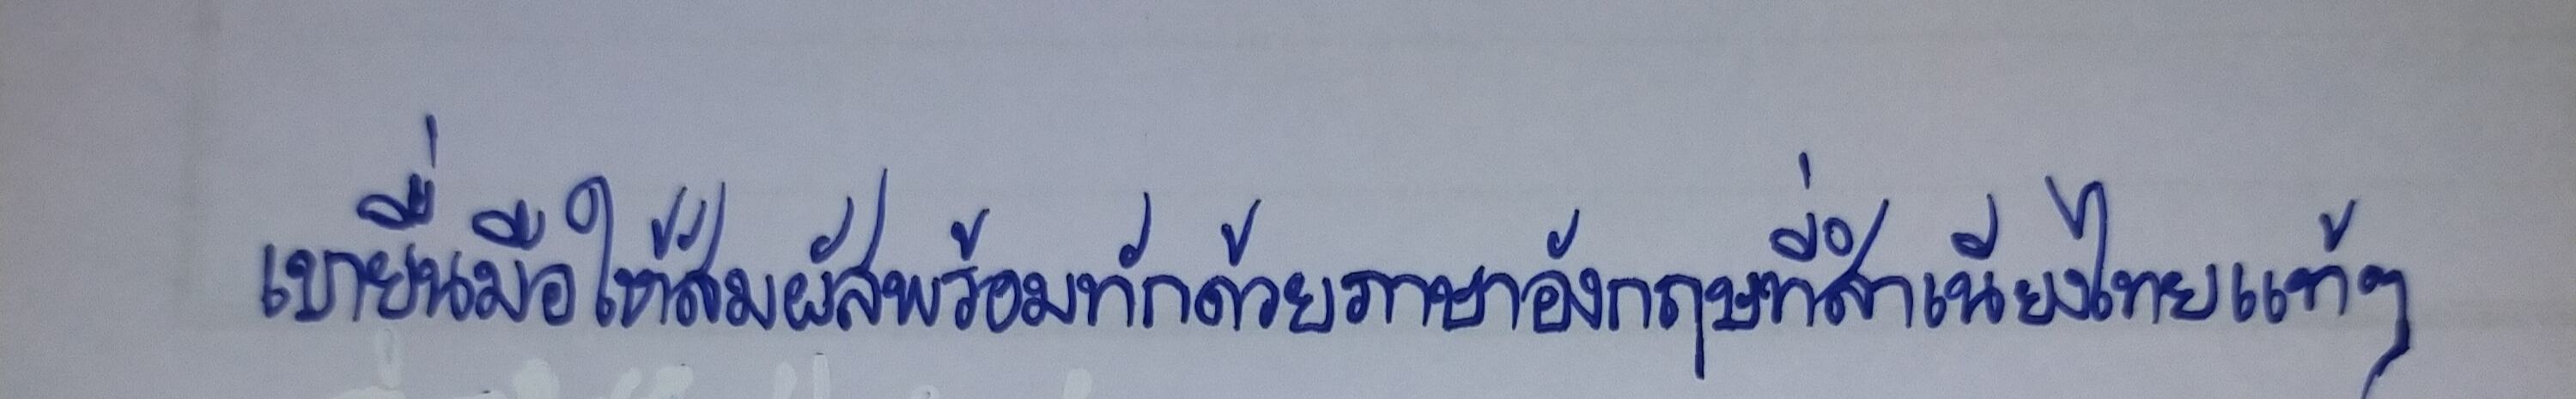
เขายื่นมือให้สัมผัสพร้อมทักด้วยภาษาอังกฤษที่สำเนียงไทยแท้ๆ